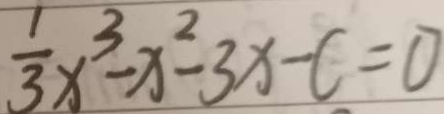
\frac { 1 } { 3 } x ^ { 3 } - x ^ { 2 } - 3 x - c = 0